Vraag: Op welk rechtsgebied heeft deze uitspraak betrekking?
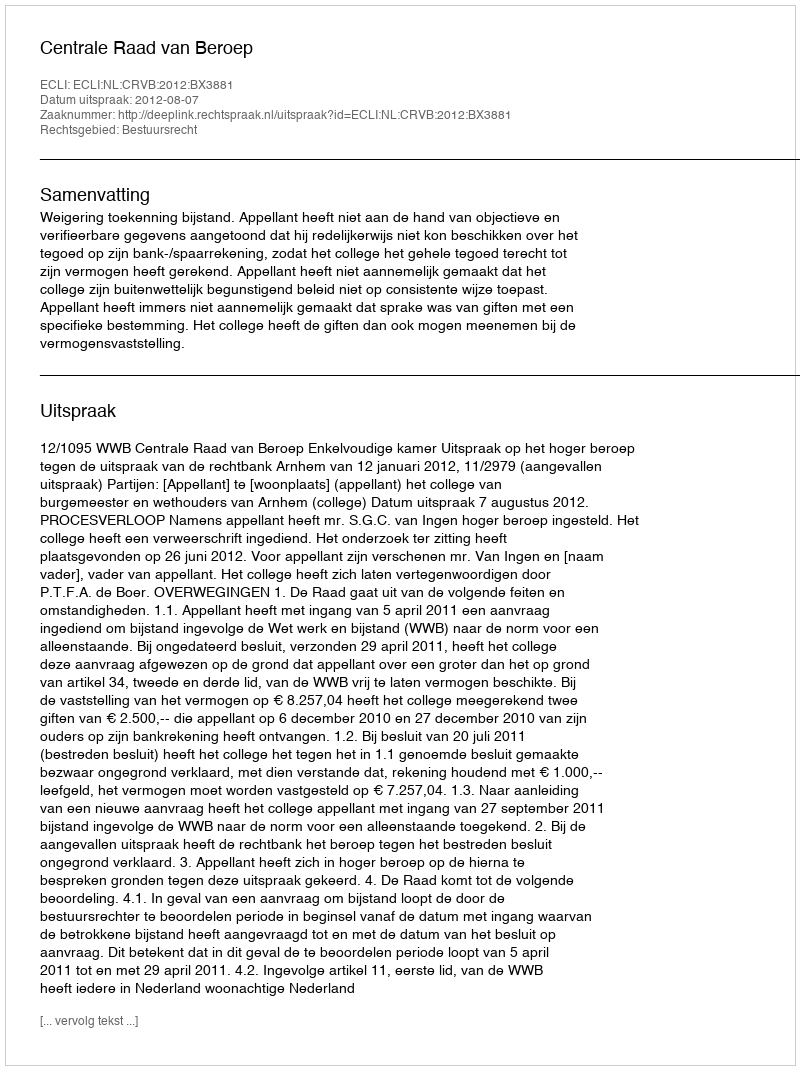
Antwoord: Bestuursrecht